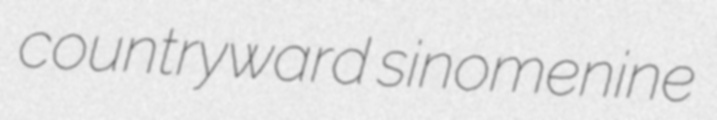
countryward sinomenine